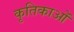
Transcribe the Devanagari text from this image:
कृतिकाओं